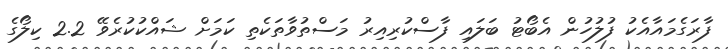
ފާރަގެމައާއެކު ފުލުހުން އެބޯޓު ބަލައި ފާސްކުރިއިރު މަސްތުވާތަކެތި ކަމަށް ޝައްކުކުރެވޭ 2.2 ކިލޯގެ